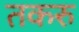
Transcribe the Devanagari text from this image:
तकरु